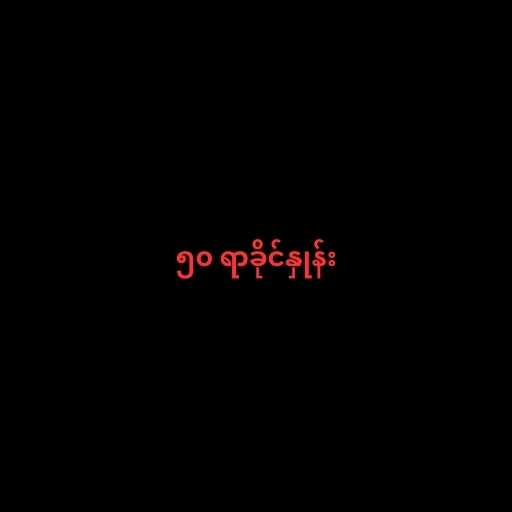
၅၀ ရာခိုင်နှုန်း